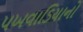
પખવાડિયાનો